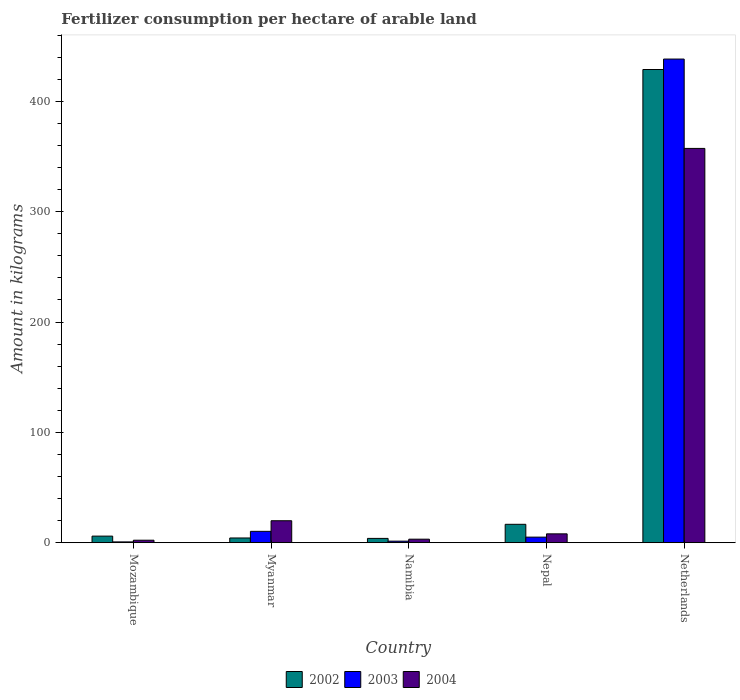
| Country | 2002 | 2003 | 2004 |
 | --- | --- | --- | --- |
 | Mozambique | 5.98 | 0.736 | 2.26 |
 | Myanmar | 4.29 | 10.3 | 19.9 |
 | Namibia | 3.9 | 1.41 | 3.2 |
 | Nepal | 16.7 | 5.06 | 8.03 |
 | Netherlands | 429 | 438 | 357 |